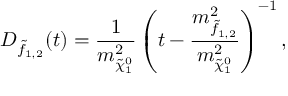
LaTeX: D _ { \tilde { f } _ { 1 , 2 } } ( t ) = \frac { 1 } { m _ { \tilde { \chi } _ { 1 } ^ { 0 } } ^ { 2 } } \left( t - \frac { m _ { \tilde { f } _ { 1 , 2 } } ^ { 2 } } { m _ { \tilde { \chi } _ { 1 } ^ { 0 } } ^ { 2 } } \right) ^ { - 1 } ,